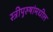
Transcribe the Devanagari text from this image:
स्त्रीपुरुषांमधील